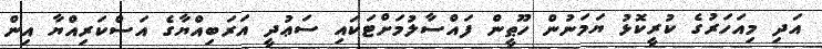
އަދި މިއަހަރުގެ ކުރީކޮޅު ޔަމަނުން ހޫޠީން ފައްސާލުމަށްޓަކައި ސަޢުދީ އަރަބިއްޔާގެ އަސްކަރިއްޔާ އިން